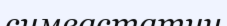
симвастатин